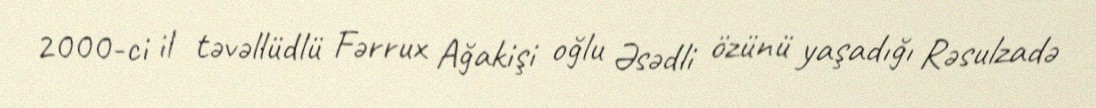
2000-ci il təvəllüdlü Fərrux Ağakişi oğlu Əsədli özünü yaşadığı Rəsulzadə